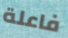
فاعلة